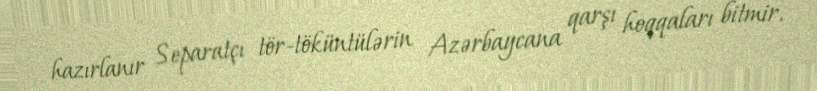
hazırlanır Separatçı tör-töküntülərin Azərbaycana qarşı hoqqaları bitmir.